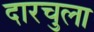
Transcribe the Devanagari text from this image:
दारचुला